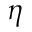
\eta